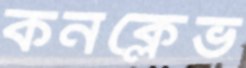
কনক্লেভ